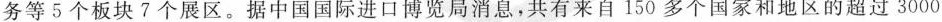
务等5个板块7个展区。据中国国际进口博览局消息，共有来自150多个国家和地区的超过3000